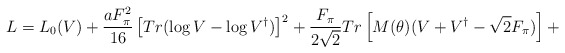
\begin{align*}L = L_0 (V) + \frac{a F_{\pi}^{2}}{16} \left[Tr ( \log V - \log V^{\dagger}) \right]^2 + \frac{F_{\pi}}{2 \sqrt{2}} Tr \left[M(\theta) (V + V^{\dagger} - \sqrt{2} F_{\pi} ) \right] +\end{align*}